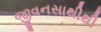
જીવનસાથીથી